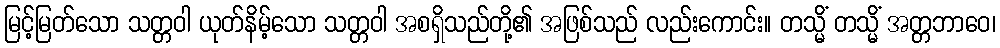
မြင့်မြတ်သော သတ္တဝါ ယုတ်နိမ့်သော သတ္တဝါ အစရှိသည်တို့၏ အဖြစ်သည် လည်းကောင်း။ တသ္မိံ တသ္မိံ အတ္တဘာဝေ၊